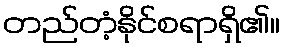
တည်တံ့နိုင်စရာရှိ၏။